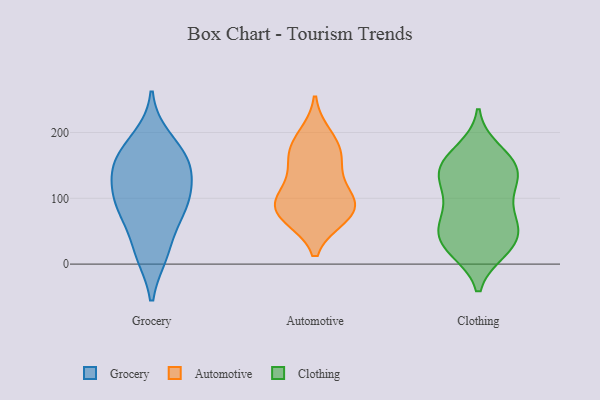
{"axis": {"x": "Bounce Rate (%)", "y": "Value"}, "legend": ["Automotive", "Clothing", "Grocery"], "data": [{"x": "", "y": 191, "type": "Grocery"}, {"x": "", "y": 167, "type": "Grocery"}, {"x": "", "y": 80, "type": "Grocery"}, {"x": "", "y": 18, "type": "Grocery"}, {"x": "", "y": 88, "type": "Grocery"}, {"x": "", "y": 153, "type": "Grocery"}, {"x": "", "y": 76, "type": "Grocery"}, {"x": "", "y": 108, "type": "Grocery"}, {"x": "", "y": 146, "type": "Grocery"}, {"x": "", "y": 152, "type": "Grocery"}, {"x": "", "y": 115, "type": "Grocery"}, {"x": "", "y": 16, "type": "Grocery"}, {"x": "", "y": 146, "type": "Automotive"}, {"x": "", "y": 97, "type": "Automotive"}, {"x": "", "y": 82, "type": "Automotive"}, {"x": "", "y": 194, "type": "Automotive"}, {"x": "", "y": 171, "type": "Automotive"}, {"x": "", "y": 110, "type": "Automotive"}, {"x": "", "y": 76, "type": "Automotive"}, {"x": "", "y": 86, "type": "Automotive"}, {"x": "", "y": 169, "type": "Automotive"}, {"x": "", "y": 73, "type": "Automotive"}, {"x": "", "y": 155, "type": "Clothing"}, {"x": "", "y": 78, "type": "Clothing"}, {"x": "", "y": 28, "type": "Clothing"}, {"x": "", "y": 57, "type": "Clothing"}, {"x": "", "y": 115, "type": "Clothing"}, {"x": "", "y": 37, "type": "Clothing"}, {"x": "", "y": 83, "type": "Clothing"}, {"x": "", "y": 61, "type": "Clothing"}, {"x": "", "y": 146, "type": "Clothing"}, {"x": "", "y": 125, "type": "Clothing"}, {"x": "", "y": 22, "type": "Clothing"}, {"x": "", "y": 141, "type": "Clothing"}, {"x": "", "y": 23, "type": "Clothing"}, {"x": "", "y": 44, "type": "Clothing"}, {"x": "", "y": 172, "type": "Clothing"}, {"x": "", "y": 130, "type": "Clothing"}, {"x": "", "y": 156, "type": "Clothing"}]}